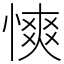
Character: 慡